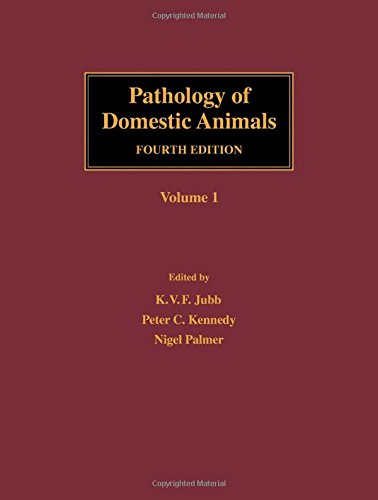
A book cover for Pathology of Domestic Animals, Fourth Edition; Medical Books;